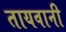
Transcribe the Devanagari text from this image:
तायवानी